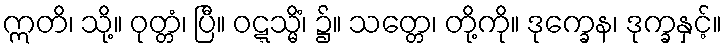
ဣတိ၊ သို့။ ဝုတ္တံ၊ ပြီ။ ဝဋ္ဋသ္မိံ၊ ၌။ သတ္တေ၊ တို့ကို။ ဒုက္ခေန၊ ဒုက္ခနှင့်။